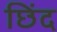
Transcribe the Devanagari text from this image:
छिंद